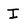
Character: I